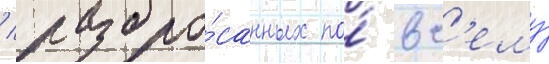
/ разбро́санных по́ вс'ему́